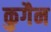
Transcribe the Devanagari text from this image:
कुगैन